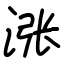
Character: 涨